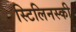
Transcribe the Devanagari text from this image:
स्टिलिनस्की